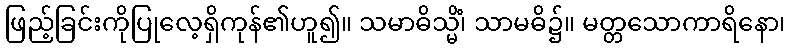
ဖြည့်ခြင်းကိုပြုလေ့ရှိကုန်၏ဟူ၍။ သမာဓိသ္မိံ၊ သာမဓိ၌။ မတ္တသောကာရိနော၊